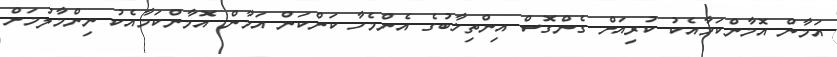
އަމާން އޮމާންކަމާއެކު ކުރިއަށް ގެންގޮސް އިންތިޚާބުގެ އެންމެހާ ކަންކަން އަމާން އޮމާންކަމާއެކު ނިންމާލުމަށް